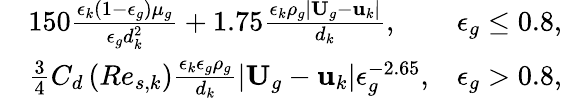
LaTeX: \begin{array}{rlr}&{150\frac{\epsilon_{k}\left(1-\epsilon_{g}\right)\mu_{g}}{\epsilon_{g}d_{k}^{2}}+1.75\frac{\epsilon_{k}\rho_{g}|\textbf{U}_{g}-\textbf{u}_{k}|}{d_{k}},}&{\epsilon_{g}\le 0.8,}\\ &{\frac{3}{4}C_{d}\left(Re_{s,k}\right)\frac{\epsilon_{k}\epsilon_{g}\rho_{g}}{d_{k}}|\textbf{U}_{g}-\textbf{u}_{k}|\epsilon_{g}^{-2.65},}&{\epsilon_{g}>0.8,}\end{array}